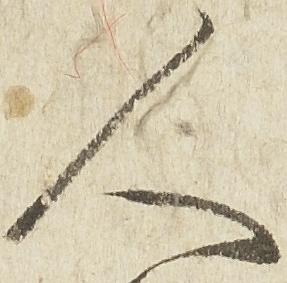
人